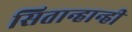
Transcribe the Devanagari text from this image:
सितान्हान्ही